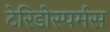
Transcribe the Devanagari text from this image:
टेरिडोस्पर्मस